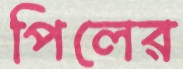
পিলের